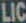
LIC